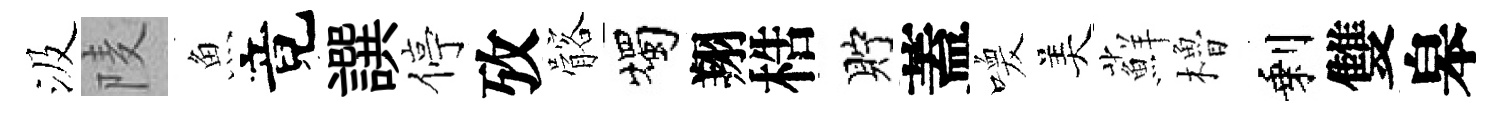
汲𨹧魚竟譔停攷髂燭翔梏貯蓋喚美蘚櫓剩雙皋